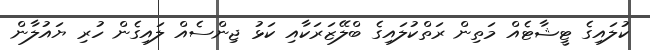
ކުލައިގެ ޓީޝާޓެއް މަތިން ރަތްކުލައިގެ ބްލޭޒަރަކާއި ކަޅު ޖިންސެއް ލައިގެން ހުރި ޔައުލާން